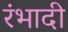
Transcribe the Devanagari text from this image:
रंभादी